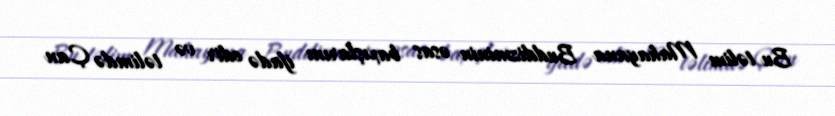
Bu təlim Mahayana Buddizminin əsas baxışlarını ifadə edir və təlimdə Çan